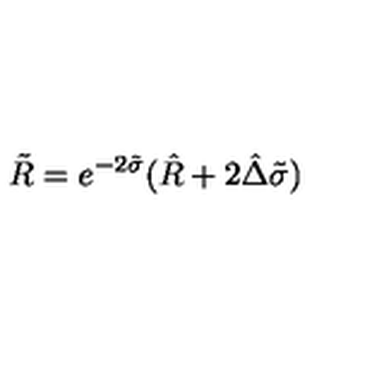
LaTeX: \tilde { R } = e ^ { - 2 \tilde { \sigma } } ( \hat { R } + 2 \hat { \Delta } \tilde { \sigma } )